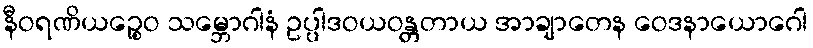
နီဝရဏိယဉ္စေဝ သမ္ဘောဂါနံ ဥပ္ပါဒဝယဝန္တတာယ အာချာတေန ဝေဒနာယောဂေါ